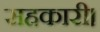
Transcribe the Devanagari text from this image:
सहकारी।